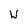
Character: U